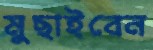
মুছাইবেন